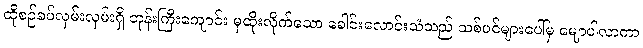
ထိုစဉ်ခပ်လှမ်းလှမ်းရှိ ဘုန်းကြီးကျောင်း မှထိုးလိုက်သော ခေါင်းလောင်းသံသည် သစ်ပင်များပေါ်မှ မျောပါလာကာ